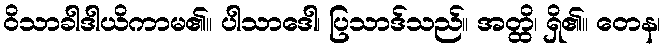
ဝိသာခါဒါယိကာမ၏။ ပါသာဒေါ၊ ပြသာဒ်သည်။ အတ္ထိ၊ ရှိ၏။ တေန၊